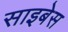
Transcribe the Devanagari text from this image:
साइबेस